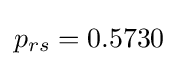
p_{rs}=0.5730